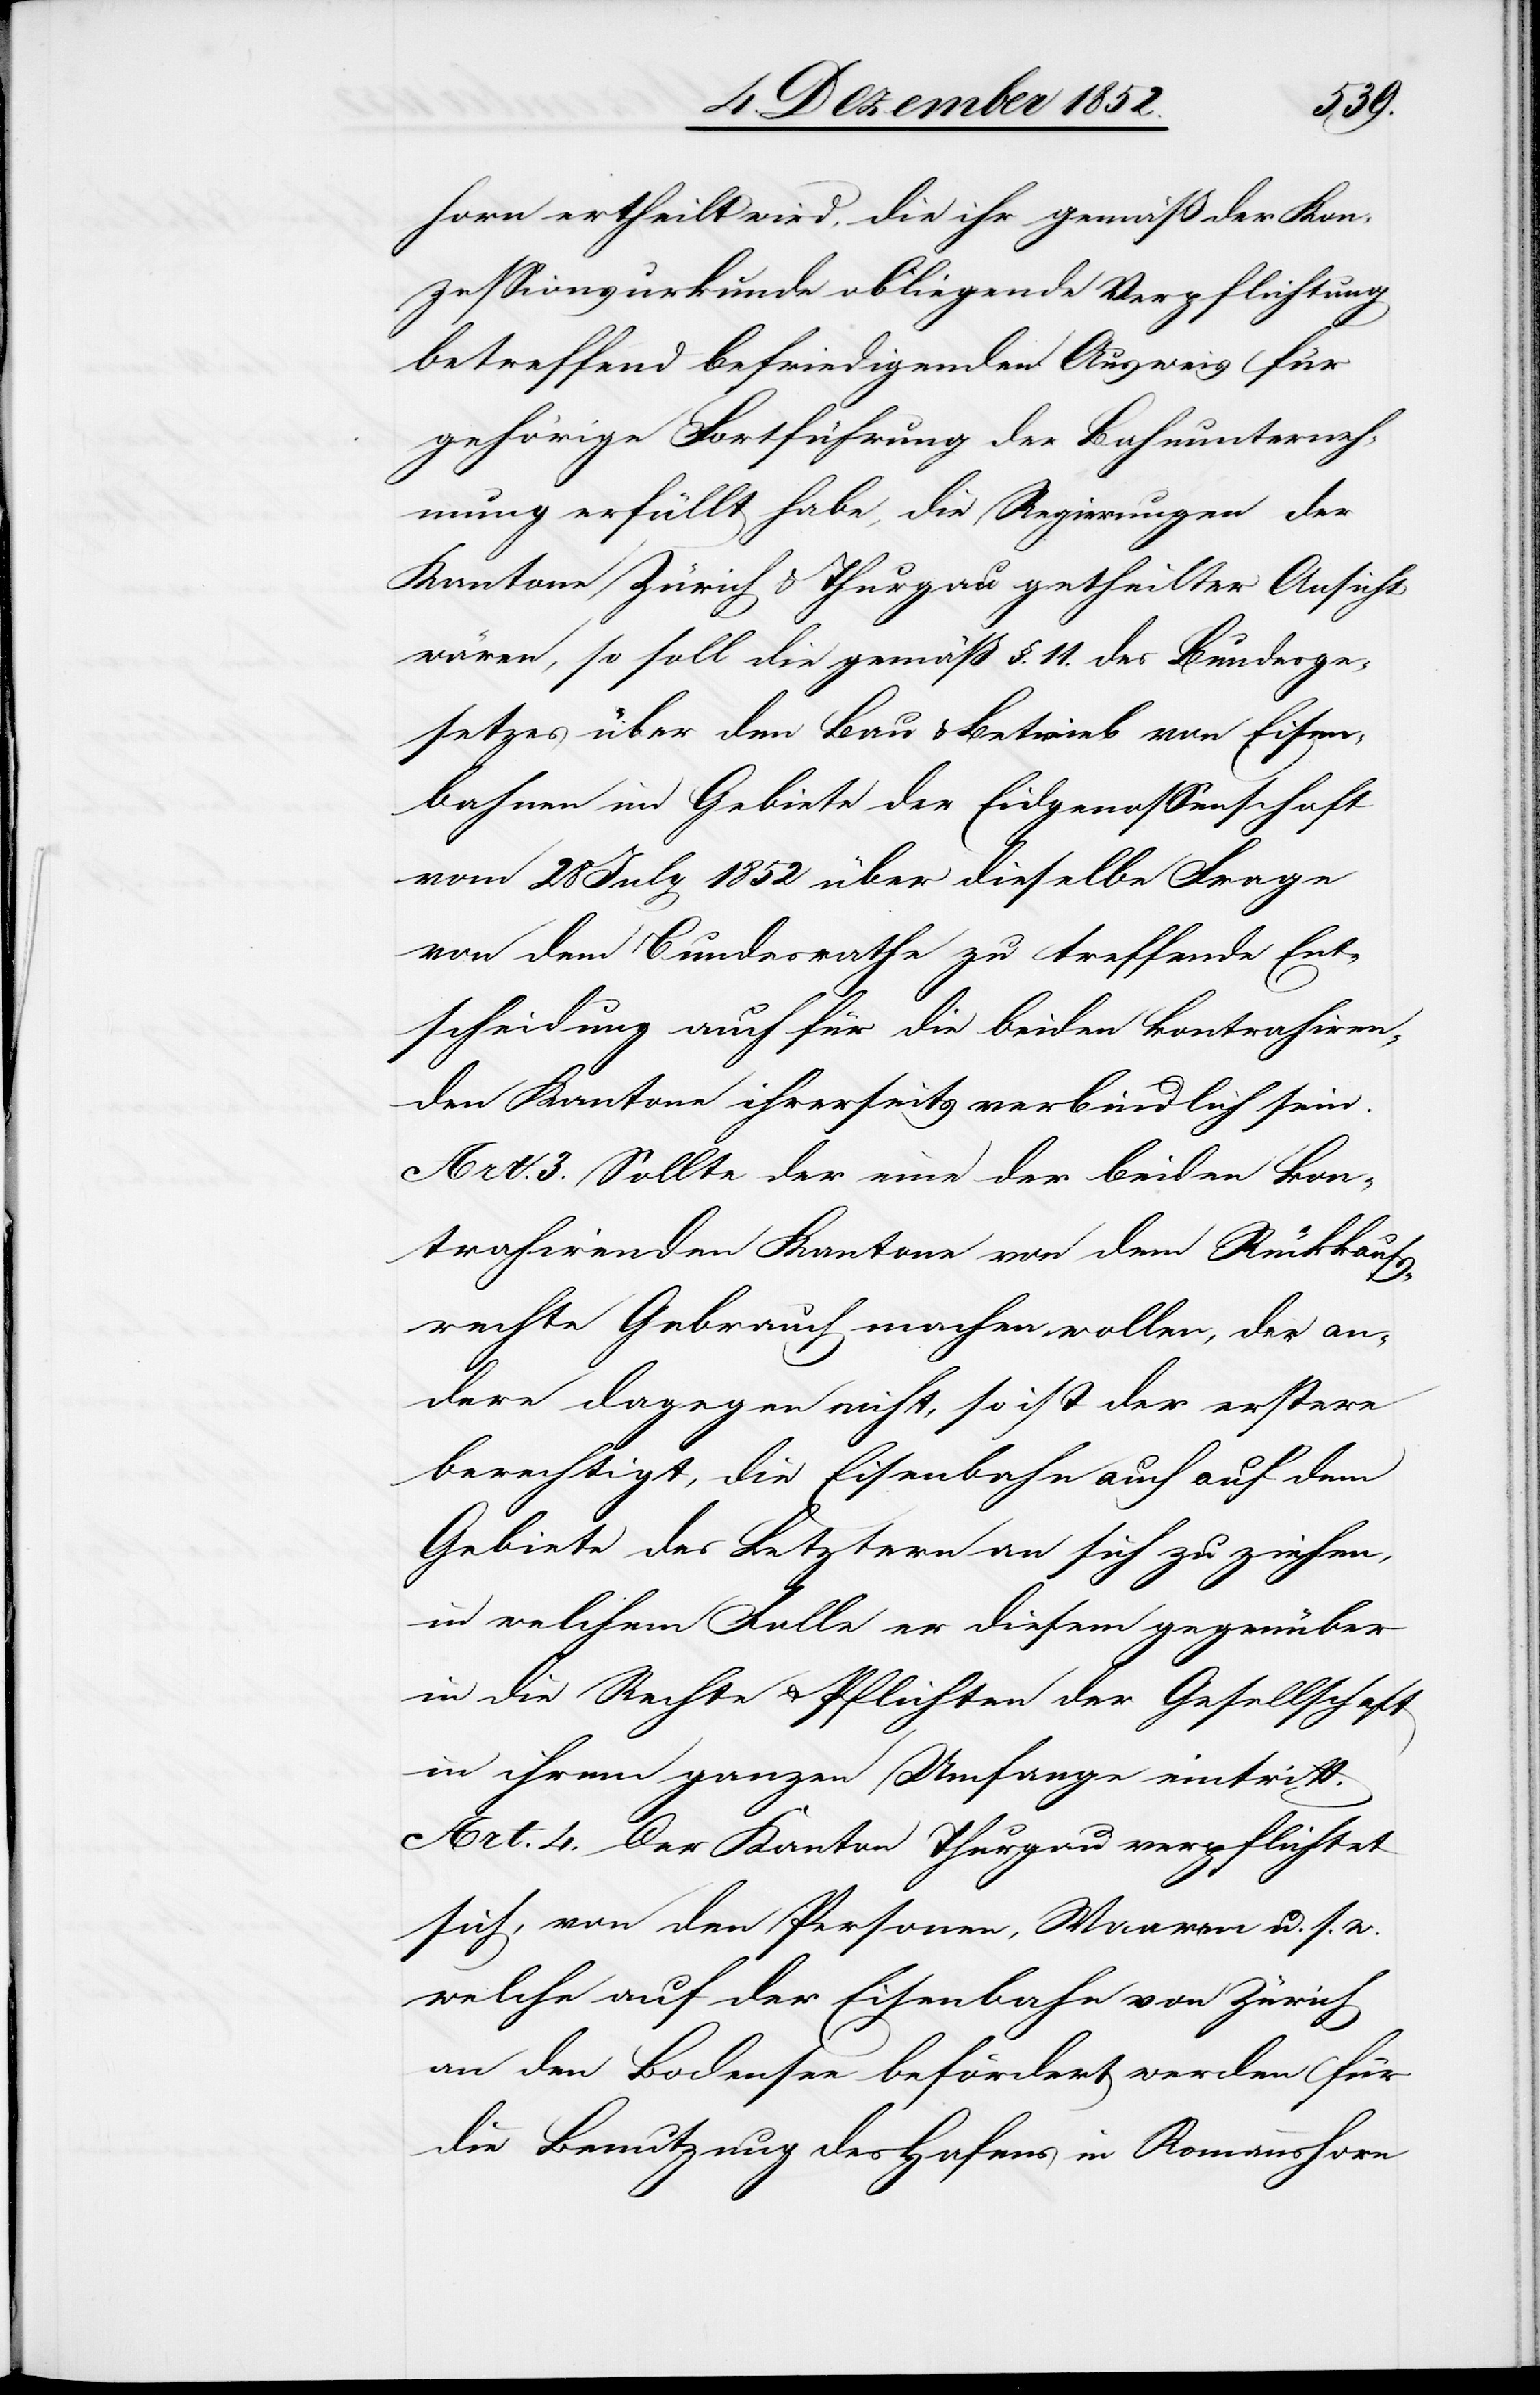
horn ertheilt wird, die ihr gemäß der Kon¬
zessionsurkunde obliegende Verpflichtung
betreffend befriedigenden Ausweis für
gehörige Fortführung der Bahnunterneh¬
mung erfüllt habe, die Regierungen der
Kantone Zürich & Thurgau getheilter Ansicht
wären, so soll die gemäß §. 11. des Bundesge¬
setzes über den Bau & Betrieb von Eisen¬
bahnen im Gebiete der Eidgenossenschaft
vom 28 July 1852 über dieselbe Frage
von dem Bundesrathe zu treffende Ent¬
scheidung auch für die beiden kontrahiren¬
den Kantone ihrerseits verbindlich sein.
Art. 3. Sollte der eine der beiden kon¬
trahirenden Kantone von dem Rückkaufs¬
rechte Gebrauch machen wollen, der an¬
dere dagegen nicht, so ist der erstere
berechtigt, die Eisenbahn auch auf dem
Gebiete des Letztern an sich zu ziehen,
in welchem Falle er diesem gegenüber
in die Rechte & Pflichten der Gesellschaft
in ihrem ganzen Umfange eintritt.
Art. 4. Der Kanton Thurgau verpflichtet
sich, von den Personen, Waaren u. s. w.
welche auf der Eisenbahn von Zürich
an den Bodensee befördert werden für
die Benutzung des Hafens in Romannshorn